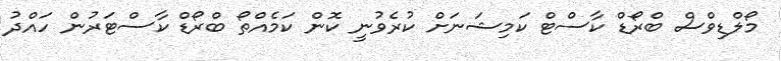
މޯލްޑިވްސް ބްރޯޑް ކާސްޓް ކަމިޝަނަށް ކުރެވުނީ ކޮން ކަމެއްތޯ ބްރޯޑް ކާސްޓަރުން ހައްދު